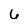
Character: 6